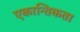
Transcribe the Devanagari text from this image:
एकान्तिकता